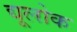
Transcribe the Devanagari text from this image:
द्यूलोक